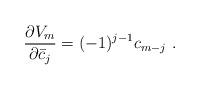
LaTeX: \begin{align*} \frac{\partial V_m}{\partial \bar{c}_j} = (-1)^{j-1} c_{m - j}\ .\end{align*}